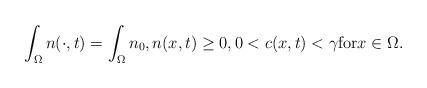
LaTeX: \begin{align*}\displaystyle\int_{\Omega}n(\cdot,t)=\int_{\Omega}n_{0}, n(x,t)\ge0, 0< c(x,t)< \gamma \mbox{for}x\in \Omega. \end{align*}